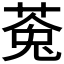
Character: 𮏸